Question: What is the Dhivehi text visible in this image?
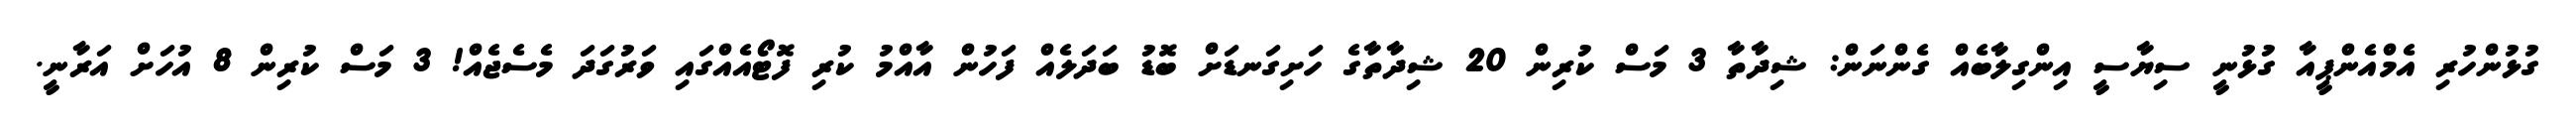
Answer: ގުޅުންހުރި އެމްއެންޕީއާ ގުޅުނީ ސިޔާސީ އިންގިލާބެއް ގެންނަން: ޝިދާތާ 3 މަސް ކުރިން 20 ޝިދާތާގެ ހަށިގަނޑަށް ބޮޑު ބަދަލެއް ފަހުން އާއްމު ކުރި ފޮޓޯއެއްގައި ވަރުގަދަ މެސެޖެއް! 3 މަސް ކުރިން 8 އުހަށް އަރާނީ.